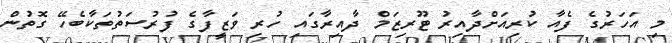
މި އަހަރުގެ ފެއާ ކުރިއަށްދާއިރު ޓޫރިޒަމް ދާއިރާގައި ހުރި ވަޒީފާގެ ފުރުސަތުތަކާބެހޭ ގޮތުން